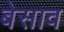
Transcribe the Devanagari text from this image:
बेसाव